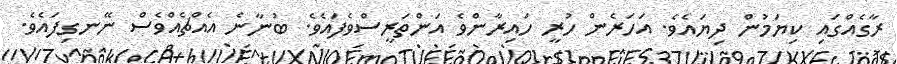
ރާގެއްގައި ކިޔަމުން ދިޔައެވެ. އަހަރެން ހުރީ ހައިރާންވެ އަންތަރީސްވެފައެވެ. ބުނާނެ އެއްޗެއްވެސް ނޭނގިފައެވެ.